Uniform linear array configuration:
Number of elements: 48
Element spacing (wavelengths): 1
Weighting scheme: hamming
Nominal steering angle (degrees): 45
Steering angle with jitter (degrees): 46.366
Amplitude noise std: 0.05
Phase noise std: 0.05

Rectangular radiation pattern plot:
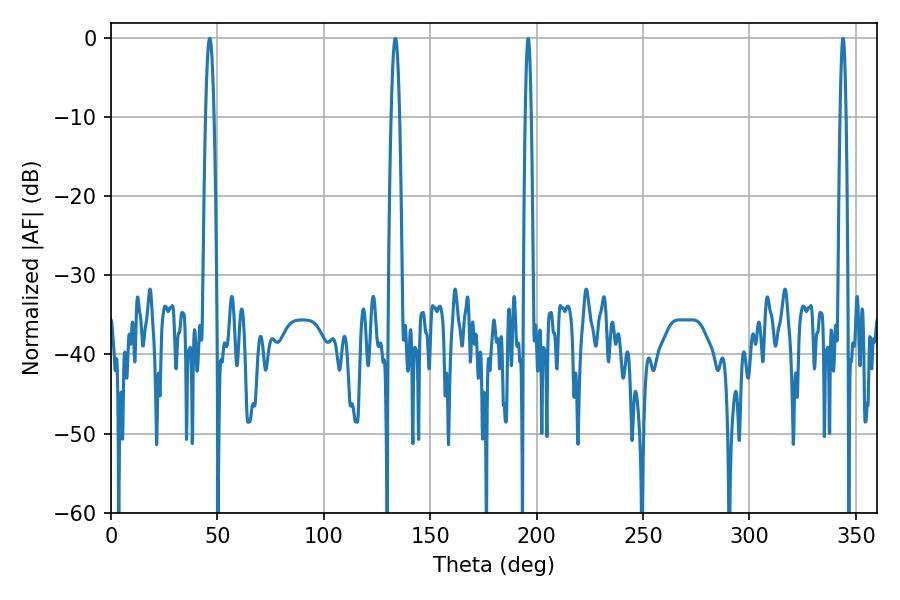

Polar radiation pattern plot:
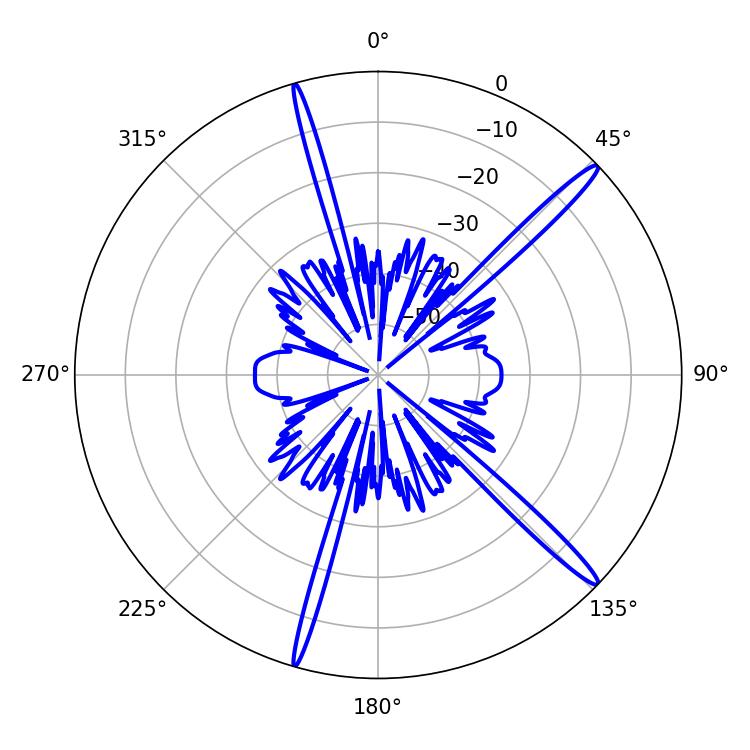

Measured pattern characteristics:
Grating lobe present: TRUE
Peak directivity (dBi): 16.574
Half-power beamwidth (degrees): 1.44
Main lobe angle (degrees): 196.02